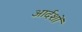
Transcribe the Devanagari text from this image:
आर्दशों